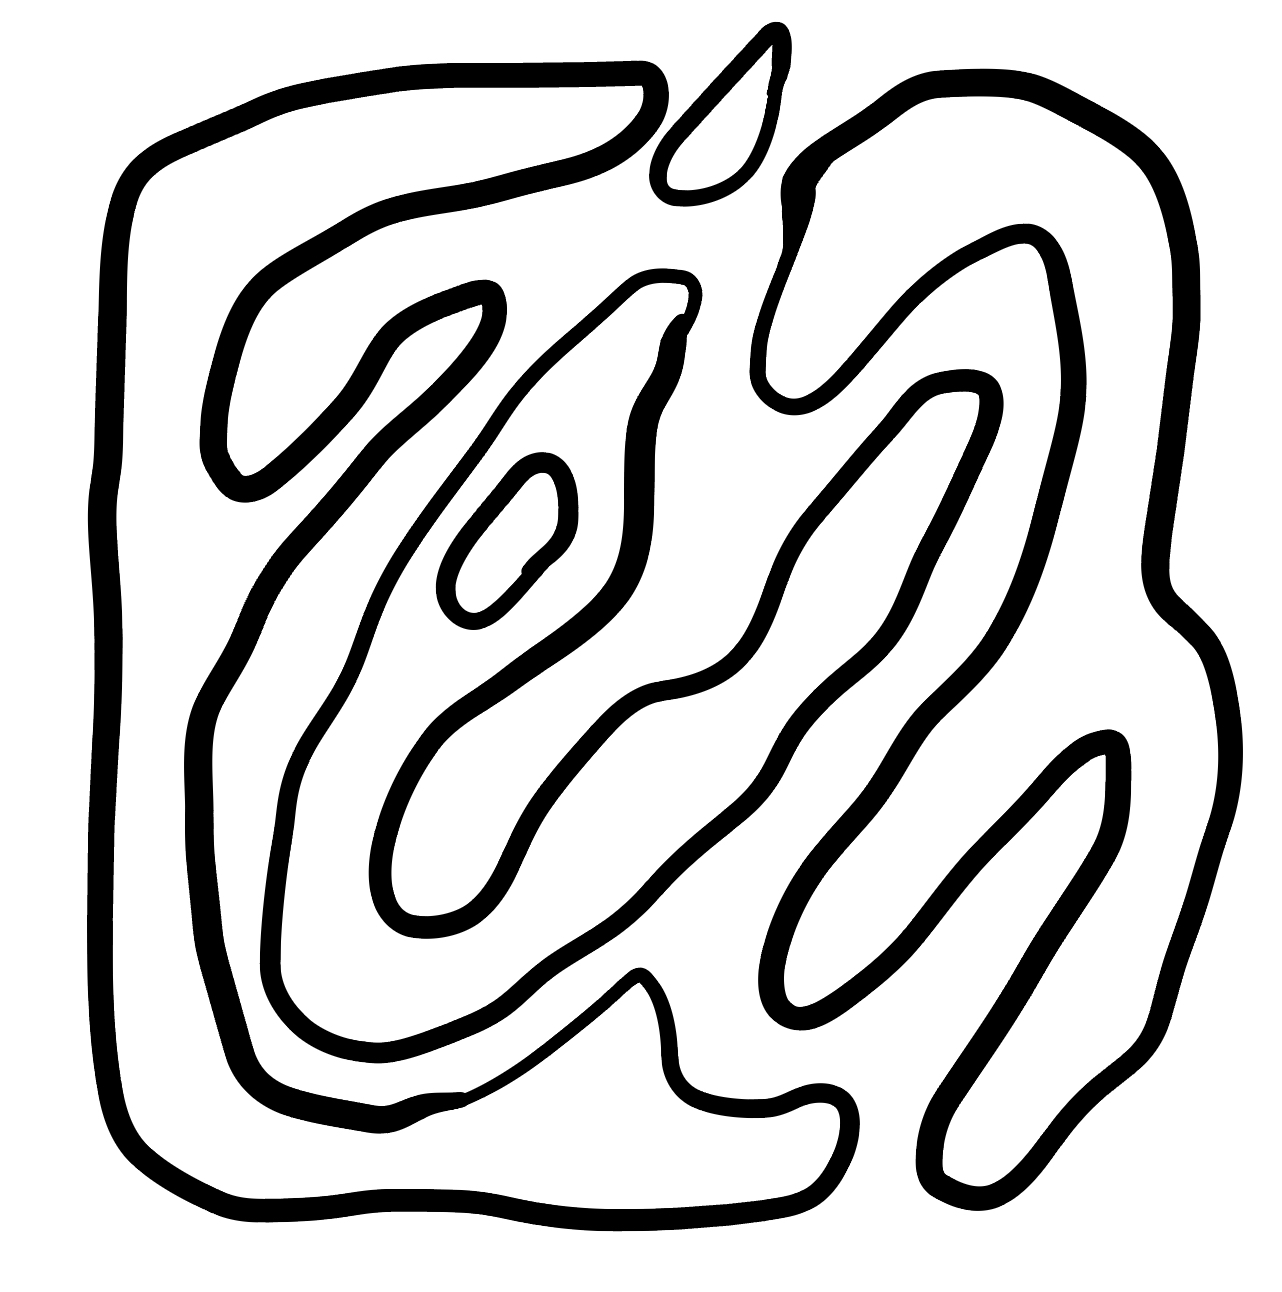
Number of regions (including the outer root region): 6
Containment tree edges (parent, child): 0, 1, 0, 3, 0, 4, 0, 5, 1, 2